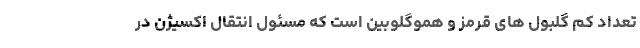
تعداد کم گلبول های قرمز و هموگلوبین است که مسئول انتقال اکسیژن در